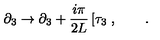
\partial _ { 3 } \rightarrow \partial _ { 3 } + \frac { i \pi } { 2 L } \left[ \tau _ { 3 } \right. , \qquad .